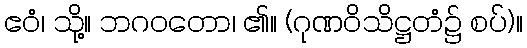
ဧဝံ၊ သို့။ ဘဂဝတော၊ ၏။ (ဂုဏဝိသိဋ္ဌတံ၌ စပ်)။